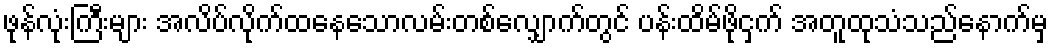
ဖုန်လုံးကြီးများ အလိပ်လိုက်ထနေသောလမ်းတစ်လျှောက်တွင် ပန်းထိမ်ဖိုငှက် အတူထုသံသည်နောက်မှ